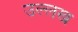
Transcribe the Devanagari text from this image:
उल्लख